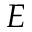
E